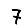
Digit: 7